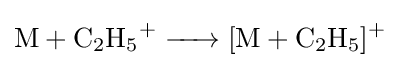
{\ce {M + C2H5+ -> [M + C2H5]+}}